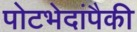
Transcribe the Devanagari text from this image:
पोटभेदांपैकी